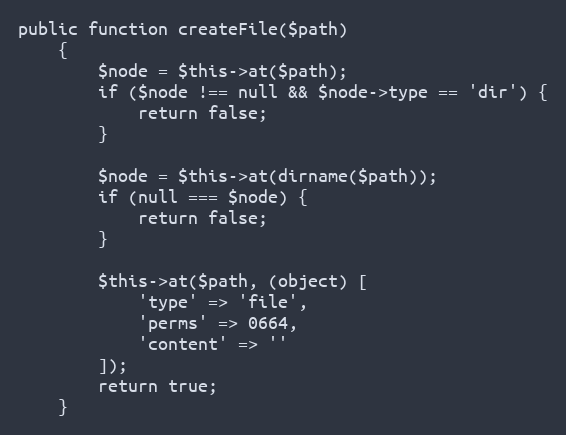
Language: PHP
public function createFile($path)
    {
        $node = $this->at($path);
        if ($node !== null && $node->type == 'dir') {
            return false;
        }

        $node = $this->at(dirname($path));
        if (null === $node) {
            return false;
        }

        $this->at($path, (object) [
            'type' => 'file',
            'perms' => 0664,
            'content' => ''
        ]);
        return true;
    }